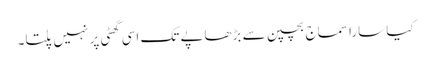
کیا سارا سماج بچپن سے بڑھاپے تک اسی گھٹی پر نہیں پلتا۔